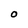
Character: O